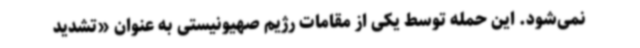
نمی‌شود. این حمله توسط یکی از مقامات رژیم صهیونیستی به عنوان «تشدید